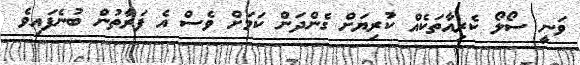
ވަނީ ސޯލޯ ކެރިއާތަކެއް ކުރިޔަށް ގެންދަން ކަމަށް ވެސް އެ ފަރާތުން ބުނެފައިވެ